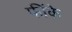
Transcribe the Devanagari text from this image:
फींके